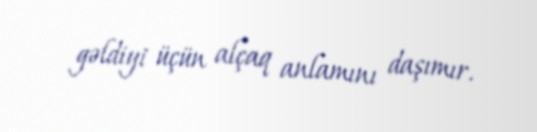
gəldiyi üçün alçaq anlamını daşımır.